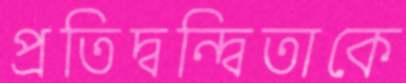
প্রতিদ্বন্দ্বিতাকে